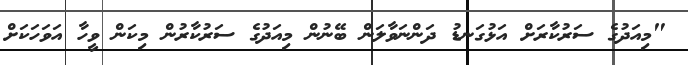
"މިއަދުގެ ސަރުކާރަށް އަޅުގަނޑު ދަންނަވާލަން ބޭނުން މިއަދުގެ ސަރުކާރުން މިކަން ވީހާ އަވަހަކަށް